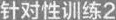
针对性训练2